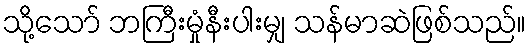
သို့သော် ဘကြီးမှုံနီးပါးမျှ သန်မာဆဲဖြစ်သည်။